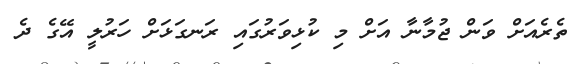
ތެރެއަށް ވަން ޖުމާނާ އަށް މި ކުޅިވަރުގައި ރަނގަޅަށް ހަރުލީ އޭގެ ދެ